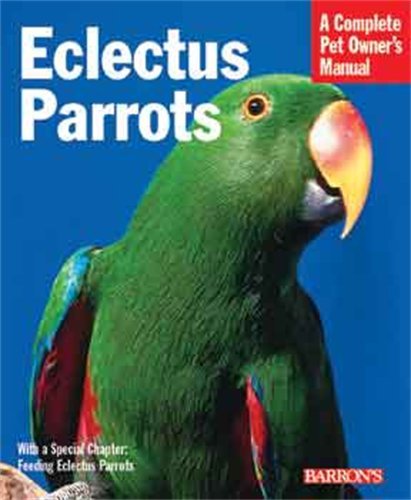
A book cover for Eclectus Parrots (Complete Pet Owner's Manual); Katy McElroy; Crafts, Hobbies & Home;